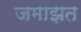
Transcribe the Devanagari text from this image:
जमाझत